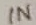
Text: IN